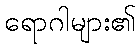
ရောဂါများ၏